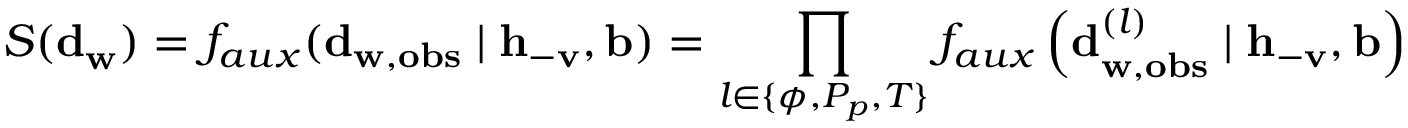
{ S ( \mathbf { d } } _ { \mathbf { w } } ) = f _ { a u x } ( \mathbf { d } _ { \mathbf { w } , \mathbf { o b s } } \mid \mathbf { h } _ { - \mathbf { v } } , \mathbf { b } ) = \prod _ { l \in \{ \phi , P _ { p } , T \} } { f _ { a u x } \left( \mathbf { d } _ { \mathbf { w } , \mathbf { o b s } } ^ { ( l ) } \mid \mathbf { h } _ { - \mathbf { v } } , \mathbf { b } \right) }